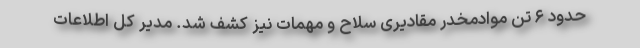
حدود ۶ تن موادمخدر مقادیری سلاح و مهمات نیز کشف شد. مدیر کل اطلاعات